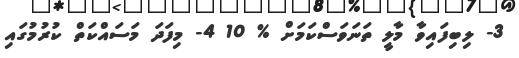
3- ލިބިފައިވާ މާލީ ތަނަވަސްކަމަށް % 10 4- މިފަދަ މަސައްކަތް ކުރުމުގައި